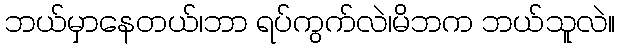
ဘယ်မှာနေတယ်၊ဘာ ရပ်ကွက်လဲ၊မိဘက ဘယ်သူလဲ။